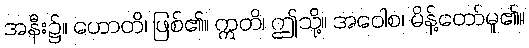
အနီး၌။ ဟောတိ၊ ဖြစ်၏။ ဣတိ၊ ဤသို့။ အဝေါစ၊ မိန့်တော်မူ၏။